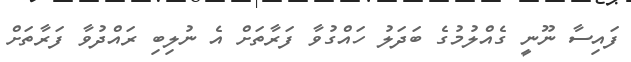
ފައިސާ ނޫނީ ގެއްލުމުގެ ބަދަލު ހައްގުވާ ފަރާތަށް އެ ނުލިބި ރައްދުވާ ފަރާތަށް